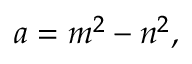
a = m ^ { 2 } - n ^ { 2 } ,